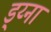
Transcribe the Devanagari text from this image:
ड्य्ना